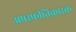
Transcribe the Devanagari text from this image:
अपस्फीतिकारक